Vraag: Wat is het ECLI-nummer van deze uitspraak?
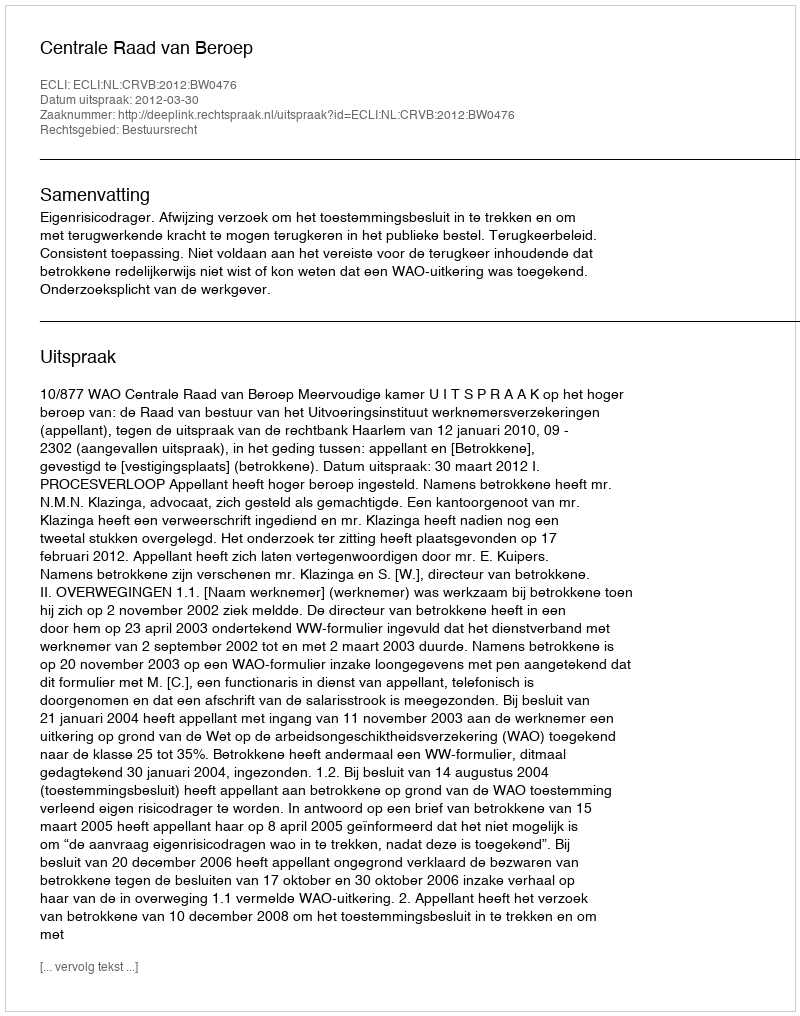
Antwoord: ECLI:NL:CRVB:2012:BW0476